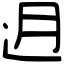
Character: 迌